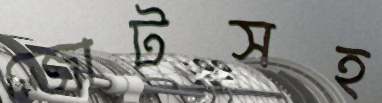
জোটসহ